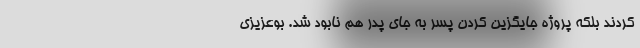
کردند بلکه پروژه جایگزین کردن پسر به جای پدر هم نابود شد. بوعزیزی